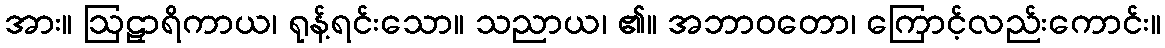
အား။ ဩဠှာရိကာယ၊ ရုန့်ရင်းသော။ သညာယ၊ ၏။ အဘာဝတော၊ ကြောင့်လည်းကောင်း။